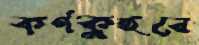
কর্ণকুহরে